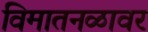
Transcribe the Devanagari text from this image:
विमातनळावर